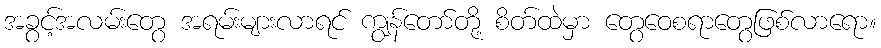
အခွင့်အလမ်းတွေ အရမ်းများလာရင် ကျွန်တော်တို့ စိတ်ထဲမှာ တွေဝေစရာတွေဖြစ်လာရော။